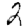
Digit: 2